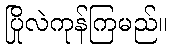
ပြိုလဲကုန်ကြမည်။